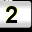
Digit: 2